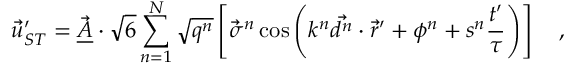
\vec { u } _ { S T } ^ { \prime } = \vec { \underline { { A } } } \cdot \sqrt { 6 } \sum _ { n = 1 } ^ { N } \sqrt { q ^ { n } } \left[ \vec { \sigma } ^ { n } \cos \left( k ^ { n } \vec { d ^ { n } } \cdot \vec { r } ^ { \prime } + \phi ^ { n } + s ^ { n } \frac { t ^ { \prime } } { \tau } \right) \right] \quad ,